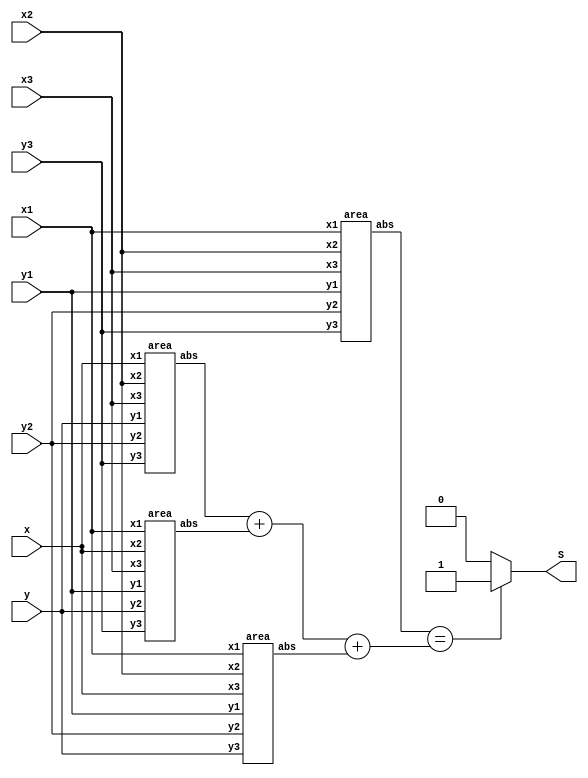
//Caso o ponto estiver dentro do Triangulo a saida ser 1, seno tem saida 0.

module Sinal (
  input [9:0] x1,
  input [9:0] y1,
  input [9:0] x2,
  input [9:0] y2,
  input [9:0] x3,
  input [9:0] y3,
  input [9:0] x,
  input [9:0] y,
  output reg S
  );
  wire signed [20:0] A;
  wire signed [20:0] A1;
  wire signed [20:0] A2;
  wire signed [20:0] A3;
  area a(x1, y1, x2, y2, x3, y3, A);
  area b(x, y, x2, y2, x3, y3, A1);
  area c(x1, y1, x, y, x3, y3, A2);
  area d(x1, y1, x2, y2, x, y, A3);
  always @ (A, A1, A2, A3) begin
    if (A == (A1 + A2 + A3))
      begin
        S <= 1;
      end
    else
      begin
        S <= 0;
      end
  end
endmodule

module area (
  input [9:0] x1,
  input [9:0] y1,
  input [9:0] x2,
  input [9:0] y2,
  input [9:0] x3,
  input [9:0] y3,
  output reg [20:0] abs
  );
  always @ ( abs ) begin
    abs <= ((x1*(y2-y3) + (x2*(y3-y1)) + (x3*(y1-y2))));
  end
endmodule